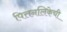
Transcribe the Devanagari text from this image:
पित्तनलिकेची